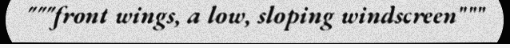
"""front wings, a low, sloping windscreen"""